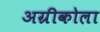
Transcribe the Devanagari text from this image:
अग्रीकोला